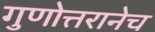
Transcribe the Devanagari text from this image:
गुणोत्तरानेच